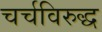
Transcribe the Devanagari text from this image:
चर्चविरुद्ध